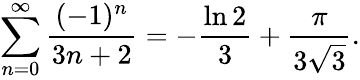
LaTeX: \sum_{n=0}^{\infty}{\frac{(-1)^{n}}{3n+2}}=-{\frac{\ln 2}{3}}+{\frac{\pi}{3{\sqrt{3}}}}.